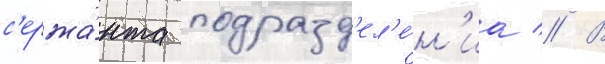
с'ержа́нта подразд'ел'е́н'иа // В